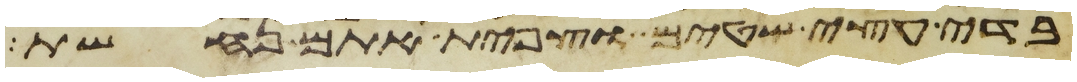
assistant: בדי עצי שטים וצפית אתם נחשת